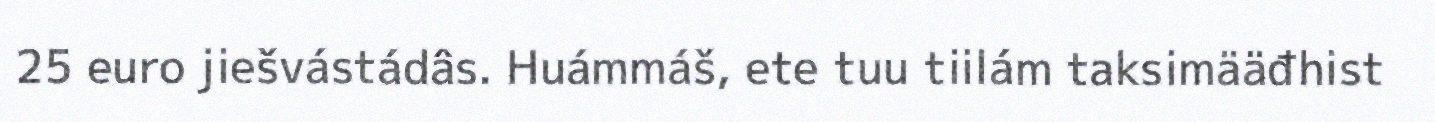
25 euro jiešvástádâs. Huámmáš, ete tuu tiilám taksimääđhist